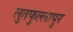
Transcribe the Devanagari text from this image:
लुतफुल्लापुर